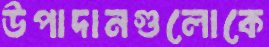
উপাদানগুলোকে